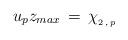
LaTeX: \begin{align*}u_p z_{max}\,=\, \chi_{_{2\,,\,p}}\end{align*}